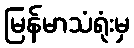
မြန်မာသံရုံးမှ